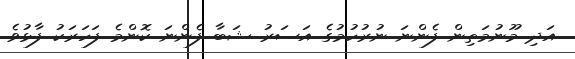
އަދި މޫނުމަތިން ފެންނަ ނުރުހުމުގެ އަސަރު ޝަބާ ފެންނަ ކޮންމެ ފަހަރަކު ފާޅުވެ